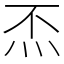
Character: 㶨